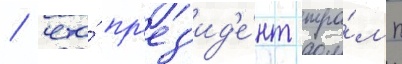
/ что́ пр'ез'ид'е́нт тра́мп